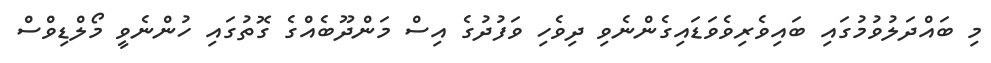
މި ބައްދަލުވުމުގައި ބައިވެރިވެވަޑައިގެންނެވި ދިވެހި ވަފުދުގެ އިސް މަންދޫބެއްގެ ގޮތުގައި ހުންނެވީ މޯލްޑިވްސް